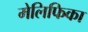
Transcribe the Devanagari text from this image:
मेलिफिका